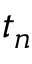
t _ { n }